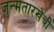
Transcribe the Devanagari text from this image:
जन्मतारखेची